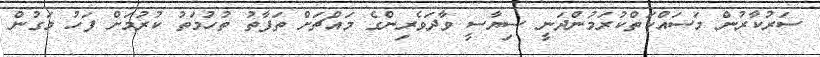
ސަރުކާރުން މަސައްކަތްކުރަމުންދަނީ ސިޔާސީ ވާދަވެރިންގެ މައްޗަށް ތަފާތު ތުހުމަތު ކުރުމަށް ފަހު މަގުން